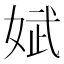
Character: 娬